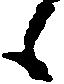
候